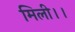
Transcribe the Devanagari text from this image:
मिली।।